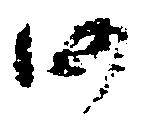
仍